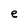
Character: e